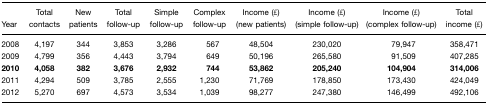
<table><thead><tr><td><b>Year</b></td><td><b>Total contacts</b></td><td><b>New patients</b></td><td><b>Total follow-up</b></td><td><b>Simple follow-up</b></td><td><b>Complex follow-up</b></td><td><b>Income (£) (new patients)</b></td><td><b>Income (£) (simple follow-up)</b></td><td><b>Income (£) (complex follow-up)</b></td><td><b>Total income (£)</b></td></tr></thead><tbody><tr><td>2008</td><td>4,197</td><td>344</td><td>3,853</td><td>3,286</td><td>567</td><td>48,504</td><td>230,020</td><td>79,947</td><td>358,471</td></tr><tr><td>2009</td><td>4,799</td><td>356</td><td>4,443</td><td>3,794</td><td>649</td><td>50,196</td><td>265,580</td><td>91,509</td><td>407,285</td></tr><tr><td><b>2010</b></td><td><b>4,058</b></td><td><b>382</b></td><td><b>3,676</b></td><td><b>2,932</b></td><td><b>744</b></td><td><b>53,862</b></td><td><b>205,240</b></td><td><b>104,904</b></td><td><b>314,006</b></td></tr><tr><td>2011</td><td>4,294</td><td>509</td><td>3,785</td><td>2,555</td><td>1,230</td><td>71,769</td><td>178,850</td><td>173,430</td><td>424,049</td></tr><tr><td>2012</td><td>5,270</td><td>697</td><td>4,573</td><td>3,534</td><td>1,039</td><td>98,277</td><td>247,380</td><td>146,499</td><td>492,106</td></tr></tbody></table>